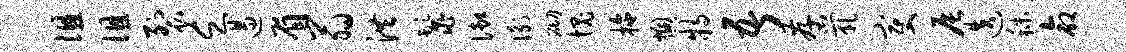
徂徂裂乏遏眉翁洪鬣御衡砌愧拖燠特吾存茕变辰迭秣命